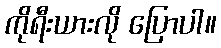
ကိုရီးယားလို ပြောပါ။